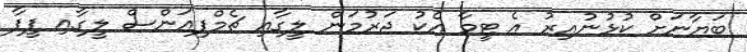
ބަޔާނަށް ކުޅުނުއިރު އެ ޓީމާ އެކު ޖަރުމަން ލީގާއި ޗެމްޕިއަންސް ލީގާއި ފީފާ